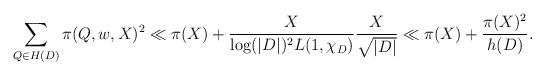
LaTeX: \begin{align*}\sum_{Q\in H(D)} \pi(Q,w,X)^2 \ll \pi(X)+ \frac{X}{\log(|D|)^2L(1,\chi_D)}\frac{X}{\sqrt{|D|}}\ll \pi(X)+\frac{\pi(X)^2}{h(D)}.\end{align*}